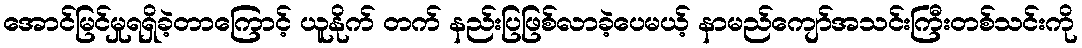
အောင်မြင်မှုရရှိခဲ့တာကြောင့် ယူနိုက် တက် နည်းပြဖြစ်လာခဲ့ပေမယ့် နာမည်ကျော်အသင်းကြီးတစ်သင်းကို